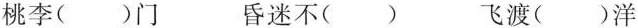
桃李()门 昏迷不() 飞渡()洋